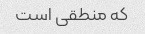
که منطقی است